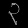
Digit: ၃